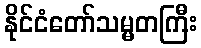
နိုင်ငံတော်သမ္မတကြီး